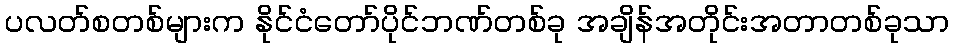
ပလတ်စတစ်များက နိုင်ငံတော်ပိုင်ဘဏ်တစ်ခု အချိန်အတိုင်းအတာတစ်ခုသာ